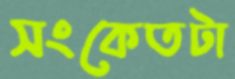
সংকেতটা